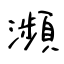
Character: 瀕